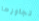
تجاوزها